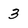
Character: 3